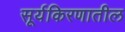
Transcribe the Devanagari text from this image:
सूर्यकिरणातील